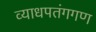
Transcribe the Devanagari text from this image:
व्याधपतंगगण